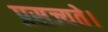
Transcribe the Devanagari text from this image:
प्रसज्यते।